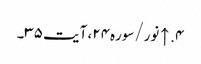
۴. ↑ نور/سوره۲۴، آیت ۳۵۔